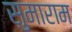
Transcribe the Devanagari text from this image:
सुमाराम